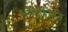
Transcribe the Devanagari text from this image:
भक्तिकीर्तन